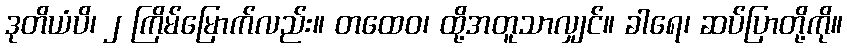
ဒုတိယံပိ၊ ၂ ကြိမ်မြောက်လည်း။ တထေဝ၊ ထို့အတူသာလျှင်။ ခါရေ၊ ဆပ်ပြာတို့ကို။